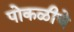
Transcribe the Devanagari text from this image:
पोकळीचे